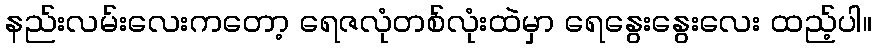
နည်းလမ်းလေးကတော့ ရေဇလုံတစ်လုံးထဲမှာ ရေနွေးနွေးလေး ထည့်ပါ။